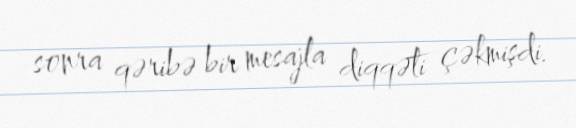
sonra qəribə bir mesajla diqqəti çəkmişdi.